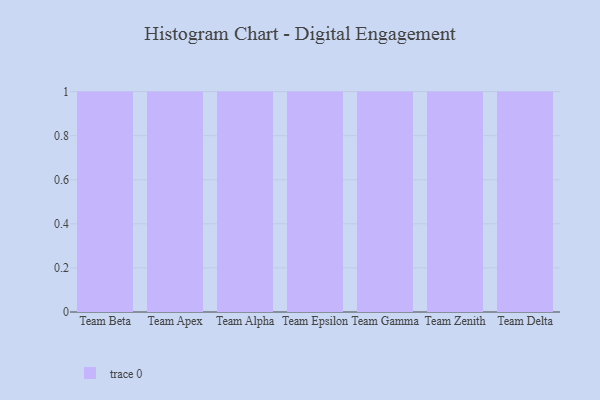
{"axis": {"x": "Team", "y": "Page Views"}, "legend": [""], "data": [{"x": "Team Beta", "y": 37, "type": ""}, {"x": "Team Apex", "y": 90, "type": ""}, {"x": "Team Alpha", "y": 80, "type": ""}, {"x": "Team Epsilon", "y": 28, "type": ""}, {"x": "Team Gamma", "y": 90, "type": ""}, {"x": "Team Zenith", "y": 1, "type": ""}, {"x": "Team Delta", "y": 95, "type": ""}]}